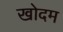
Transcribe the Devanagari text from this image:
खोदम